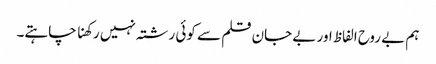
ہم بے روح الفاظ اور بے جان قلم سے کوئی رشتہ نہیں رکھنا چاہتے۔